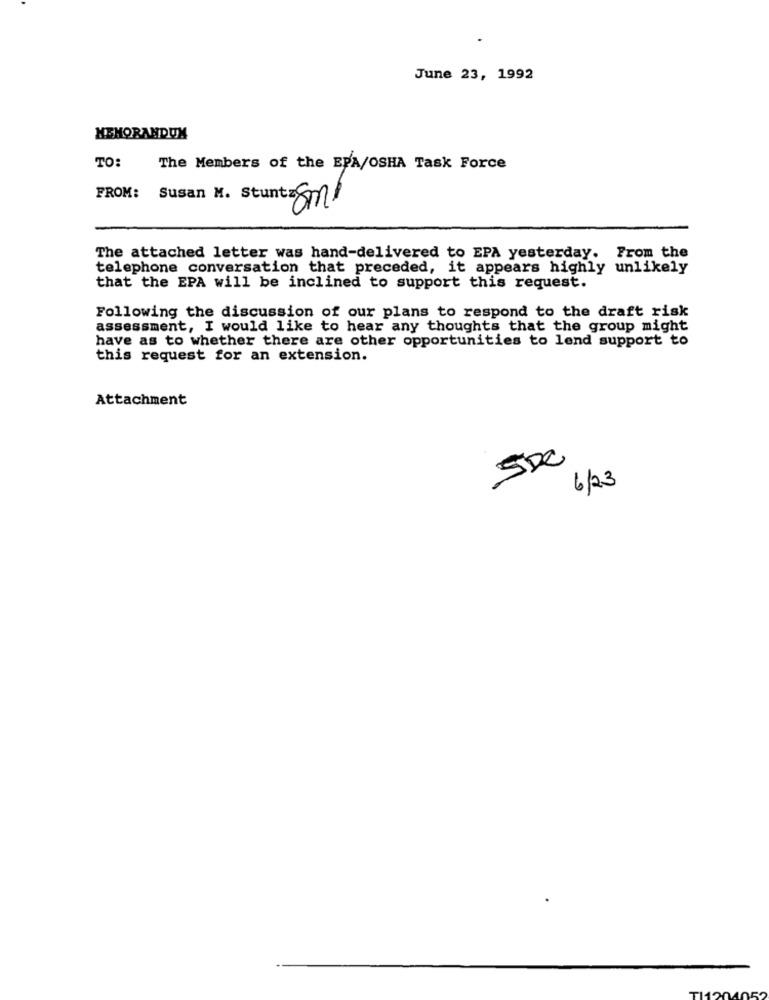
June 23, 1992
MEMORANDUM
TO:
The Members of the EPA/OSHA Task Force
FROM: Susan M. Stuntz Sn
The attached letter was hand-delivered to EPA yesterday. From the
telephone conversation that preceded, it appears highly unlikely
that the EPA will be inclined to support this request.
Following the discussion of our plans to respond to the draft risk
assessment, I would like to hear any thoughts that the group might
have as to whether there are other opportunities to lend support to
this request for an extension.
Attachment
5De
6/23